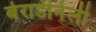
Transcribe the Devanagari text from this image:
बेरार्डीनेली